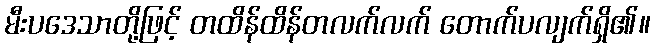
မီးပဒေသာတို့ဖြင့် တထိန်ထိန်တလက်လက် တောက်ပလျက်ရှိ၏။